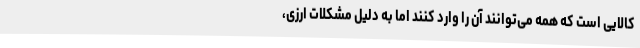
کالایی است که همه می‌توانند آن را وارد کنند اما به دلیل مشکلات ارزی،